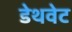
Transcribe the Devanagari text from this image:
डेथवेट